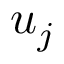
u _ { j }